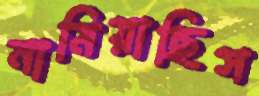
নামিয়াছিস